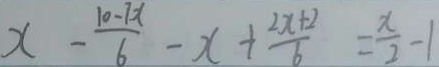
x - \frac { 1 0 - 7 x } { 6 } - x + \frac { 2 x + 2 } { 6 } = \frac { x } { 2 } - 1